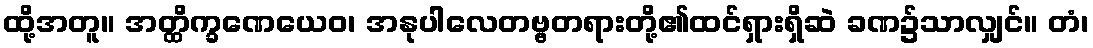
ထို့အတူ။ အတ္ထိက္ခဏေယေဝ၊ အနုပါလေတဗ္ဗတရားတို့၏ထင်ရှားရှိဆဲ ခဏ၌သာလျှင်။ တံ၊